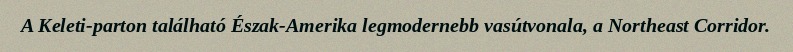
A Keleti-parton található Észak-Amerika legmodernebb vasútvonala, a Northeast Corridor.